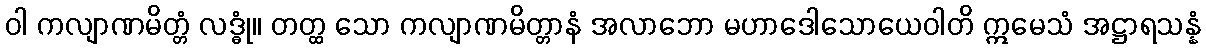
ဝါ ကလျာဏမိတ္တံ လဒ္ဓုံ။ တတ္ထ သော ကလျာဏမိတ္တာနံ အလာဘော မဟာဒေါသောယေဝါတိ ဣမေသံ အဋ္ဌာရသန္နံ